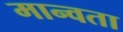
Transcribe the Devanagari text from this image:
मान्वता